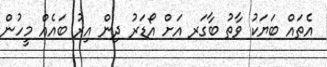
އެތައް ބަޔަކު ވާތު ބާގަރ އަށް އޯޑަރު ދިން އިރު ބައެއް މީހުން